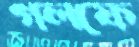
গলফে